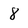
Character: 8